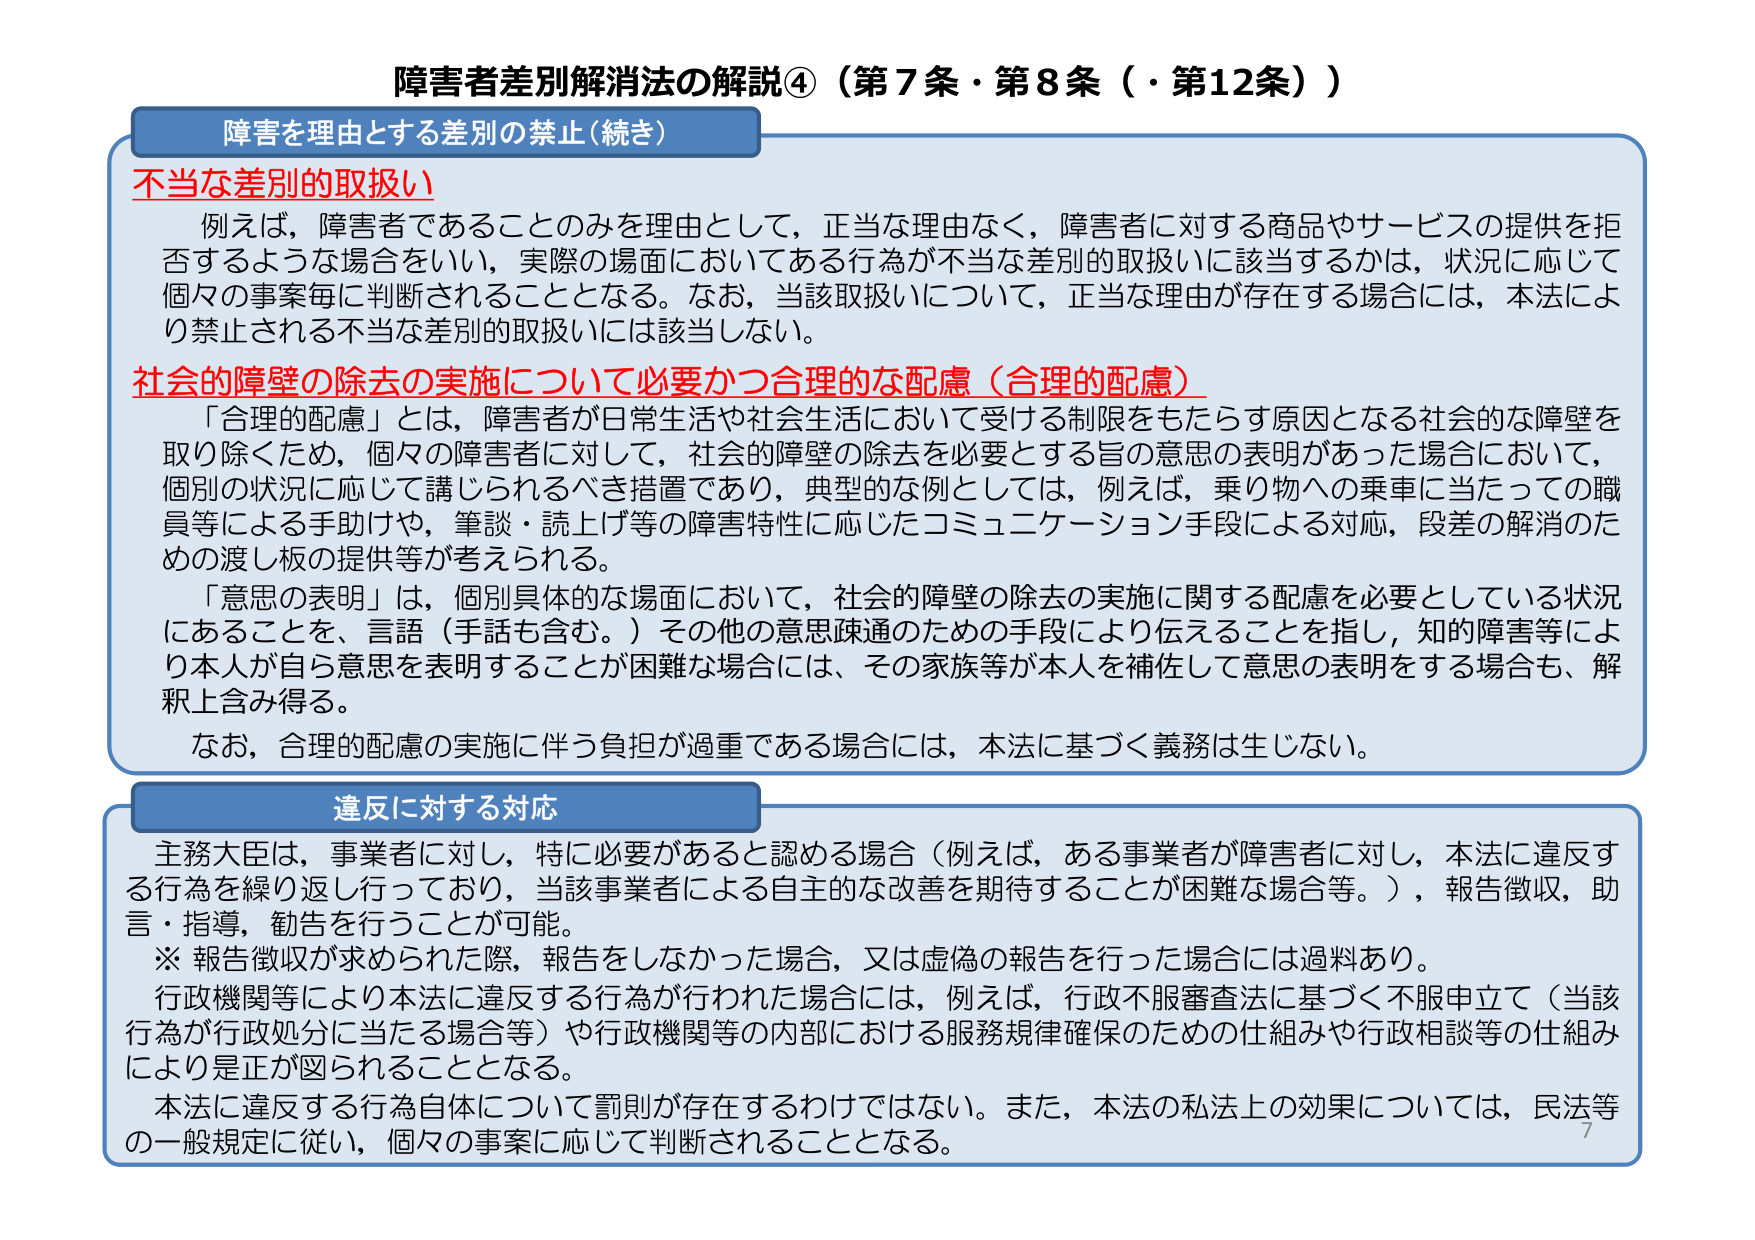
障害者差別解消法の解説④（第7条・第8条（・第12条））

障害を理由とする差別の禁止（続き）

不當な差別的取扱い
例えば，障害者であることのみを理由として，正当な理由なく，障害者に対する商品やサービスの提供を拒否するような場合をいい，実際の場面においてある行為が不當な差別的取扱いに該当するかは，状況に応じて個々の事案毎に判断されることとなる。なお，当該取扱いについて，正当な理由が存在する場合には，本法により禁止される不當な差別的取扱いには該当しない。

社会的障壁の除去の実施について必要かつ合理的な配慮（合理的配慮）
「合理的配慮」とは，障害者が日常生活や社会生活において受ける制限をもたらす原因となる社会的な障壁を取り除くため，個々の障害者に対して，社会的障壁の除去を必要とする旨の意思の表明があった場合において，個別の状況に応じて講じられるべき措置であり，典型的な例としては，例えば，乗り物への乗車に当たっての職員等による手助けや，筆談・読上げ等の障害特性に応じたコミュニケーション手段による対応，段差の解消のための渡し板の提供等が考えられる。
「意思の表明」は，個別具体的な場面において，社会的障壁の除去の実施に関する配慮を必要としている状況にあることを，言語（手話も含む。）その他の意思疎通のための手段により伝えることを指し，知的障害等により本人が自ら意思を表明することが困難な場合には，その家族等が本人を補佐して意思の表明をする場合も，解釈上含み得る。
なお，合理的配慮の実施に伴う負担が過重である場合には，本法に基づく義務は生じない。

違反に対する対応
主務大臣は，事業者に対し，特に必要があると認める場合（例えば，ある事業者が障害者に対し，本法に違反する行為を繰り返し行っており，当該事業者による自主的な改善を期待することが困難な場合等。），報告徴収，助言・指導，勧告を行うことが可能。
※ 報告徴収が求められた際，報告をしなかった場合，又は虚偽の報告を行った場合には過料あり。
行政機関等により本法に違反する行為が行われた場合には，例えば，行政不服審査法に基づく不服申立て（当該行為が行政処分に当たる場合等）や行政機関等の内部における服務規律確保のための仕組みや行政相談等の仕組みにより是正が図られることとなる。
本法に違反する行為自体について罰則が存在するわけではない。また，本法の私法上の効果については，民法等の一般規定に従い，個々の事案に応じて判断されることとなる。

7